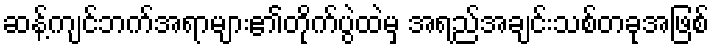
ဆန့်ကျင်ဘက်အရာများ၏တိုက်ပွဲထဲမှ အရည်အချင်းသစ်တခုအဖြစ်